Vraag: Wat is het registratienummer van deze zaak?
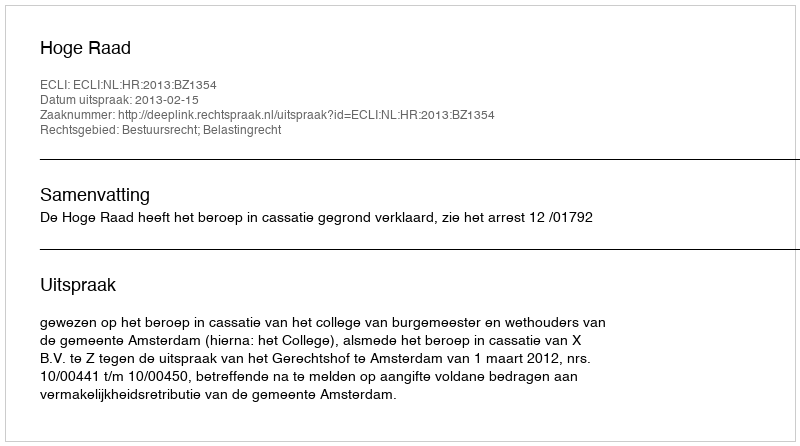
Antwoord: http://deeplink.rechtspraak.nl/uitspraak?id=ECLI:NL:HR:2013:BZ1354